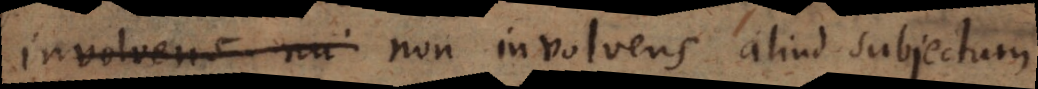
involvens nu non involvens aliud subjectum